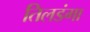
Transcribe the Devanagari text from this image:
तिलडंगा